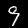
Digit: 9